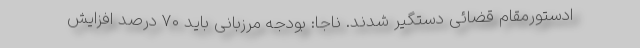
ادستورمقام قضائی دستگیر شدند. ناجا: بودجه مرزبانی باید ۷۰ درصد افزایش